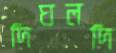
দিঘলদি